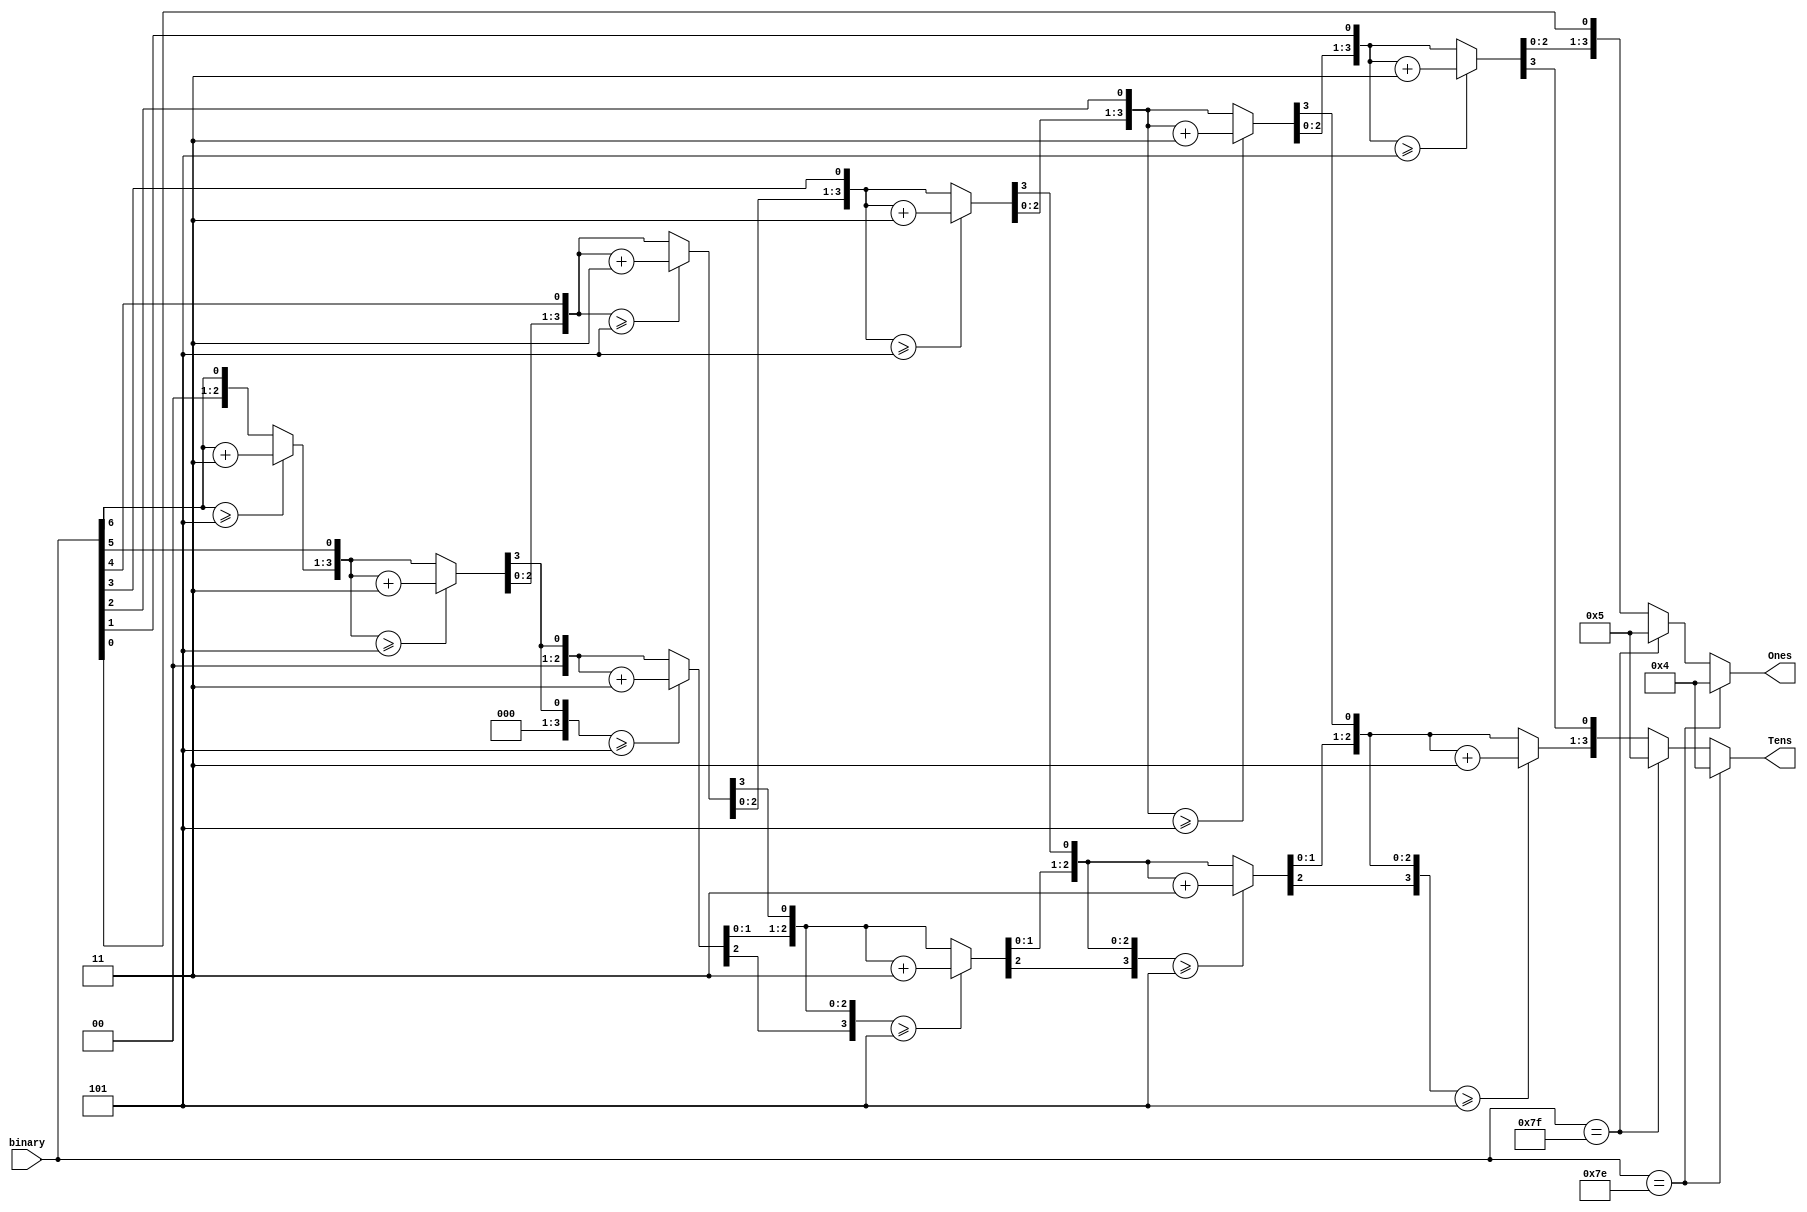
module BinToBCD2(binary, Tens, Ones);
	input [7:0] binary;
	reg [3:0] Hundreds;
	output reg [3:0] Tens;
	output reg [3:0] Ones;
	integer i;
	
	always @(binary[6:0]) begin
		Hundreds = 4'd0;
		Tens = 4'd0;
		Ones = 4'd0;
		
		for (i=6; i>=0; i=i-1) begin
			if(Hundreds >= 5)
				Hundreds = Hundreds + 3;
			if(Tens >= 5)
				Tens = Tens + 3;
			if(Ones >= 5)
				Ones = Ones + 3;
				
			Hundreds = Hundreds << 1;
			Hundreds[0] = Tens[3];
			Tens = Tens << 1;
			Tens[0] = Ones[3];
			Ones = Ones << 1;
			Ones[0] = binary[i];
		end
		if(binary==7'b1111111) begin //display com trao(-)
			Hundreds = 4'b1010;
			Tens = 4'b1010;
			Ones = 4'b1010;
			Hundreds = ~Hundreds;
			Tens = ~Tens;
			Ones = ~Ones;
		end
		if(binary==7'b1111110) begin//display apagado
			Hundreds = 4'b1011;
			Tens = 4'b1011;
			Ones = 4'b1011;
			Hundreds = ~Hundreds;
			Tens = ~Tens;
			Ones = ~Ones;
		end
	end
endmodule